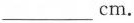
___cm。